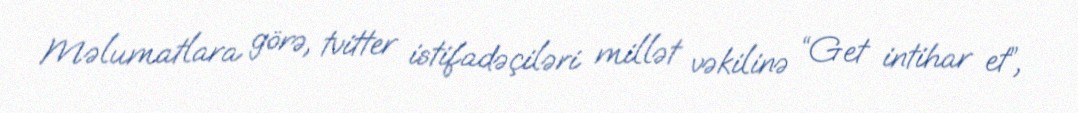
Məlumatlara görə, tvitter istifadəçiləri millət vəkilinə “Get intihar et”,